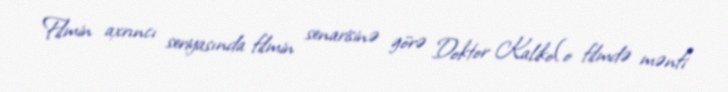
Filmin axrıncı seriyasında filmin senarisinə görə Doktor Kaliko(o filmdə mənfi